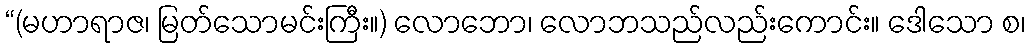
“(မဟာရာဇ၊ မြတ်သောမင်းကြီး။) လောဘော၊ လောဘသည်လည်းကောင်း။ ဒေါသော စ၊